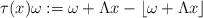
LaTeX: \begin{align*} \tau(x)\omega := \omega + \Lambda x - \left\lfloor \omega + \Lambda x \right\rfloor\end{align*}